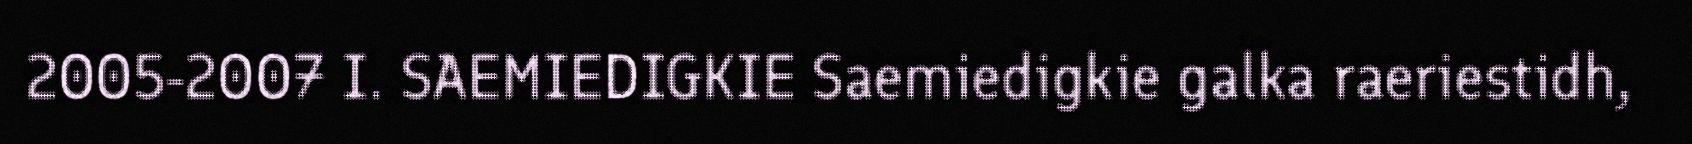
2005-2007 I. SAEMIEDIGKIE Saemiedigkie galka raeriestidh,